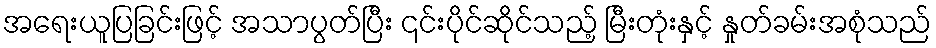
အရေးယူပြခြင်းဖြင့် အသာပွတ်ပြီး ၎င်းပိုင်ဆိုင်သည့် မြီးတုံးနှင့် နှုတ်ခမ်းအစုံသည်